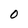
Character: 0